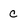
Character: C